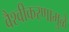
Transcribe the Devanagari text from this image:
वैश्वीकरणामुळे